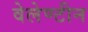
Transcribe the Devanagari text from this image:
वेलेण्टीन